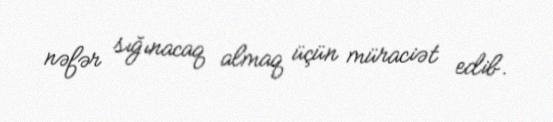
nəfər sığınacaq almaq üçün müraciət edib.